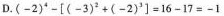
D.$$( - 2 ) ^ { 4 } - [ ( - 3 ) ^ { 2 } +